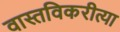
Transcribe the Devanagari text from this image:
वास्तविकरीत्या